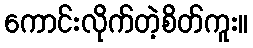
ကောင်းလိုက်တဲ့စိတ်ကူး။